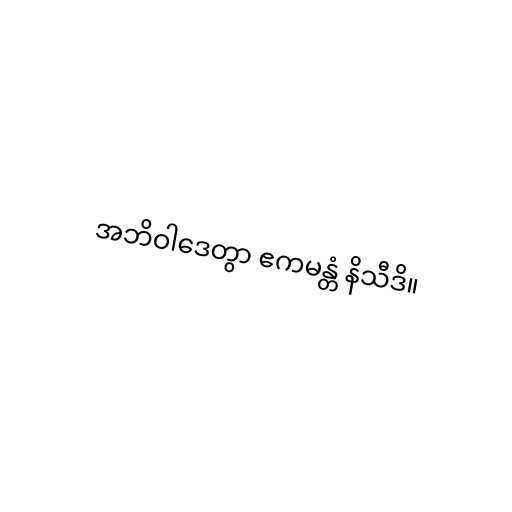
အဘိဝါဒေတွာ ဧကမန္တံ နိသီဒိ။